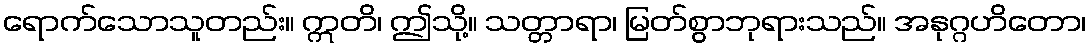
ရောက်သောသူတည်း။ ဣတိ၊ ဤသို့။ သတ္တာရာ၊ မြတ်စွာဘုရားသည်။ အနုဂ္ဂဟိတော၊